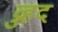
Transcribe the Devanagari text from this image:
व्रुहद